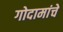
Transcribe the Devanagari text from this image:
गोदामांचे